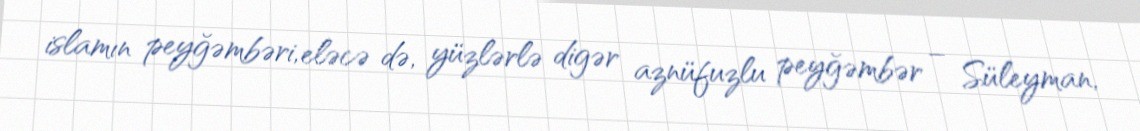
islamın peyğəmbəri, eləcə də, yüzlərlə digər aznüfuzlu peyğəmbər – Süleyman,